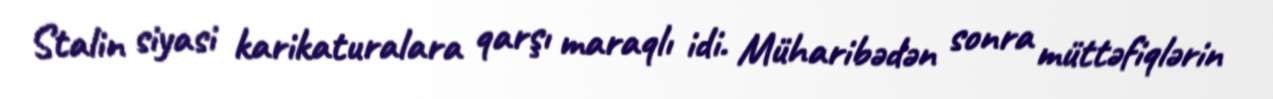
Stalin siyasi karikaturalara qarşı maraqlı idi. Müharibədən sonra müttəfiqlərin